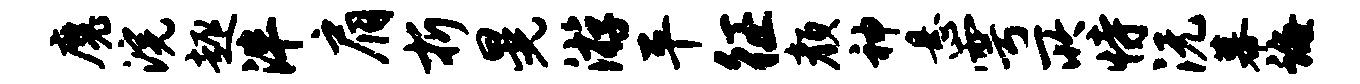
魔浣趣泮肩折晃游平征颜神悬雩所恃沅幕诲